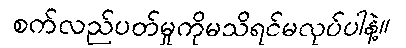
စက်လည်ပတ်မှုကိုမသိရင်မလုပ်ပါနဲ့။